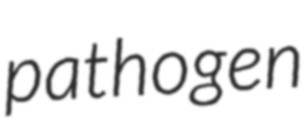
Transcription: pathogen